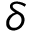
\delta